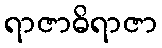
ရာဇာဓိရာဇာ